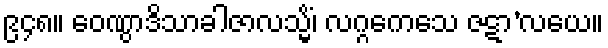
၉၄၈။ ဝေဏွာဒိသာခါဇာလသ္မိံ၊ လဂ္ဂကေသေ ဇဋာ’လယေ။